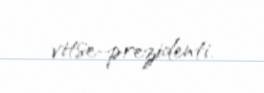
vitse-prezidenti.